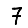
Digit: 7